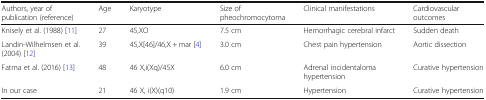
<table><thead><tr><td><b>Authors, year of publication (reference)</b></td><td><b>Age</b></td><td><b>Karyotype</b></td><td><b>Size of pheochromocytoma</b></td><td><b>Clinical manifestations</b></td><td><b>Cardiovascular outcomes</b></td></tr></thead><tbody><tr><td>Knisely et al. (1988) [11]</td><td>27</td><td>45,XO</td><td>7.5 cm</td><td>Hemorrhagic cerebral infarct</td><td>Sudden death</td></tr><tr><td>Landin-Wilhelmsen et al. (2004) [12]</td><td>39</td><td>45,X[46]/46,X + mar [4]</td><td>3.0 cm</td><td>Chest pain hypertension</td><td>Aortic dissection</td></tr><tr><td>Fatma et al. (2016) [13]</td><td>48</td><td>46 X,i(Xq)/45X</td><td>6.0 cm</td><td>Adrenal incidentaloma hypertension</td><td>Curative hypertension</td></tr><tr><td>In our case</td><td>21</td><td>46 X, i(X)(q10)</td><td>1.9 cm</td><td>Hypertension</td><td>Curative hypertension</td></tr></tbody></table>